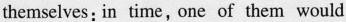
themselves: in time, one of them would